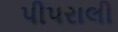
પીપરાલી